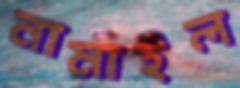
নামাইল